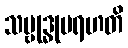
သမ္ဗုဒ္ဓုမရဟတိ